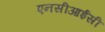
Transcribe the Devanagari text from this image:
एनसीआईसी